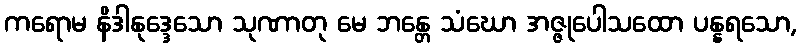
ကရောမ နိဒါနုဒ္ဒေသော သုဏာတု မေ ဘန္တေ သံဃော အဇ္ဇုပေါသထော ပန္နရသော,